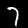
Digit: 7